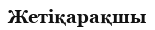
Жетіқарақшы